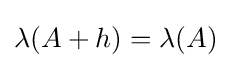
\lambda (A+h)=\lambda (A)